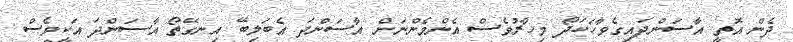
ދެން އޮތީ އާސަންދައިގެވާހަކަދޯ މިހާރުވެސް އެންމެންނަށް އާސަންދަ އެބަލިބޭ އިނގޭތޯ އާސަންދަ އަކީވެސް